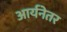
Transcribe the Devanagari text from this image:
आर्यनेतर